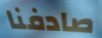
صادفنا